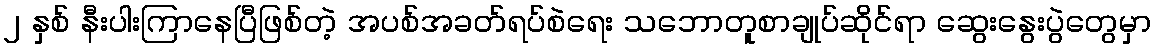
၂ နှစ် နီးပါးကြာနေပြီဖြစ်တဲ့ အပစ်အခတ်ရပ်စဲရေး သဘောတူစာချုပ်ဆိုင်ရာ ဆွေးနွေးပွဲတွေမှာ